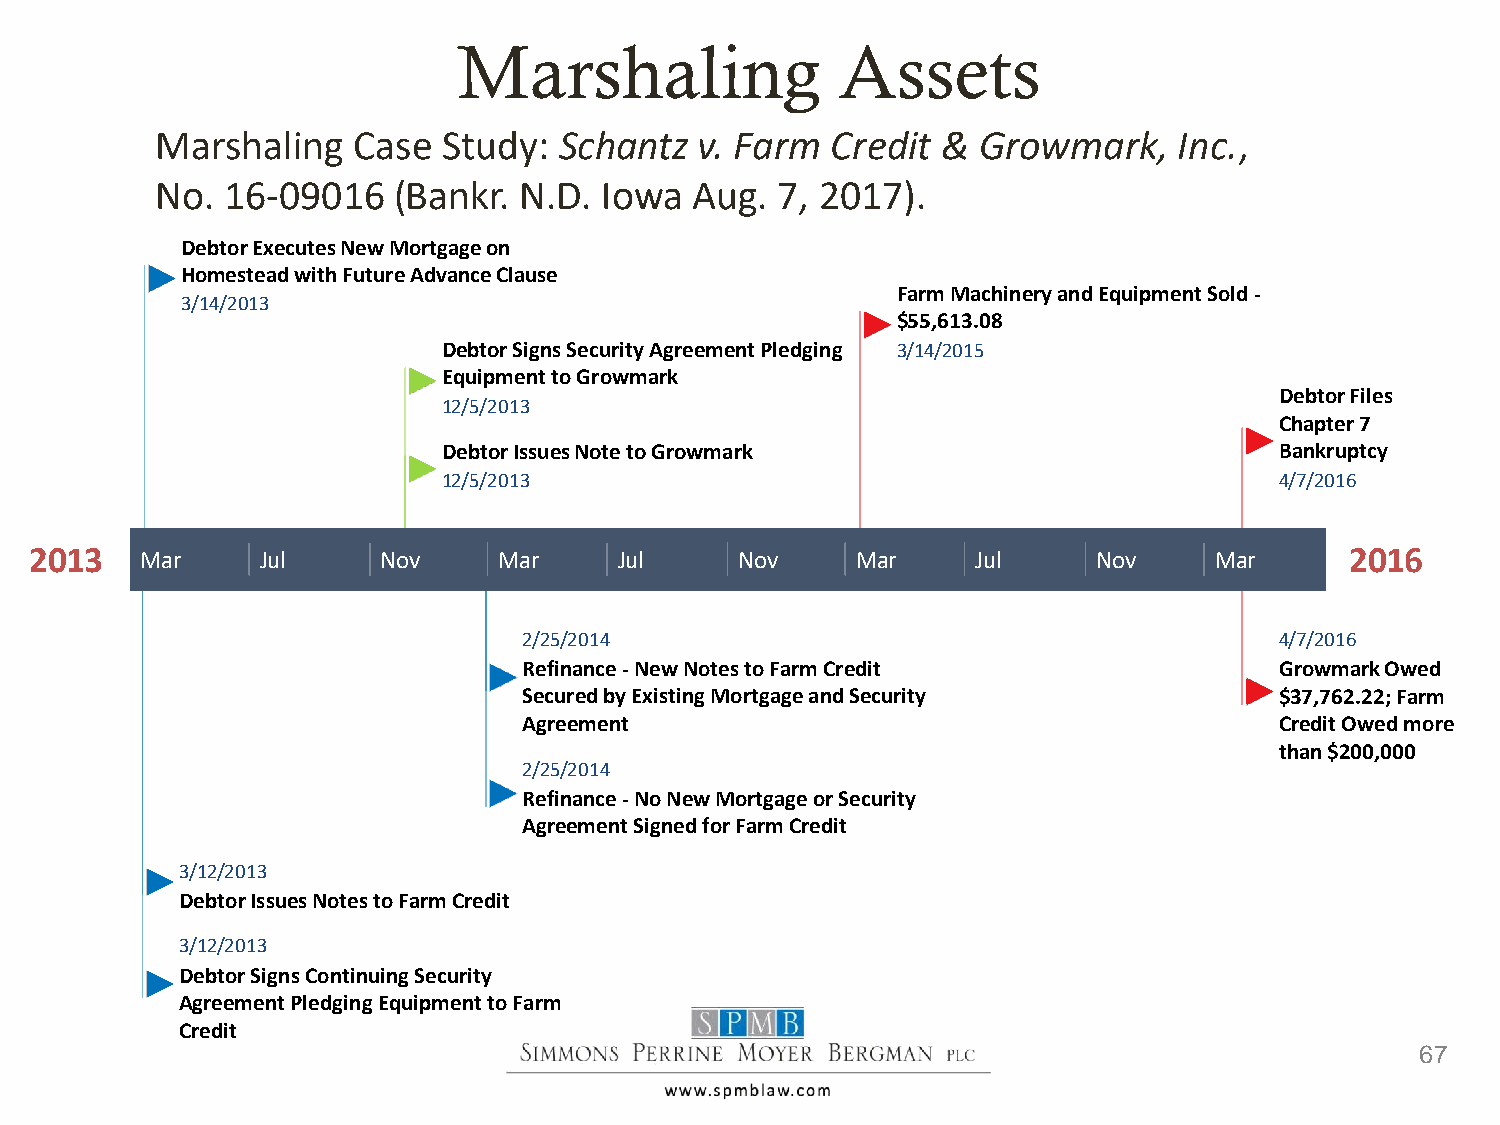
Marshaling                Assets
 Marshaling   Case  Study:  Schantz  v. Farm  Credit &  Growmark,    Inc.,
 No.  16-09016   (Bankr. N.D.  Iowa  Aug. 7, 2017).
 Debtor Executes New Mortgage on
 Homestead with Future Advance Clause
 Farm Machinery and Equipment Sold -
 3/14/2013
 $55,613.08
 Debtor Signs Security Agreement Pledging 3/14/2015
 Equipment to Growmark
 Debtor Files
 12/5/2013
 Chapter 7
 Debtor Issues Note to Growmark                          Bankruptcy
 12/5/2013                                               4/7/2016
 2013   Mar     Jul     Nov     Mar     Jul     Nov     Mar     Jul     Nov    Mar      2016
 2/25/2014                                         4/7/2016
 Refinance -New Notes to Farm Credit               Growmark Owed
 Secured by Existing Mortgage and Security         $37,762.22; Farm
 Agreement                                         Credit Owed more
 than $200,000
 2/25/2014
 Refinance -No New Mortgage or Security
 Agreement Signed for Farm Credit
 3/12/2013
 Debtor Issues Notes to Farm Credit
 3/12/2013
 Debtor Signs Continuing Security
 Agreement Pledging Equipment to Farm
 Credit
 67